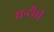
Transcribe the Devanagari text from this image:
सन्टौरी